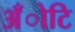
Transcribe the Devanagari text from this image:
अँोटि